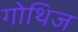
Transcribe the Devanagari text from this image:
गोथिज